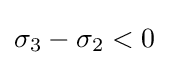
\sigma _{3}-\sigma _{2}<0